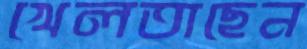
খেলতাছেন